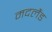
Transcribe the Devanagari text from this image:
मदलैंड